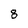
Character: 8